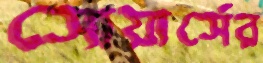
সোয়ার্সের